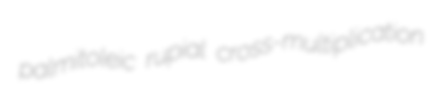
palmitoleic rupial cross-multiplication